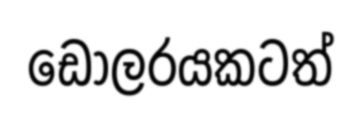
ඩොලරයකටත්